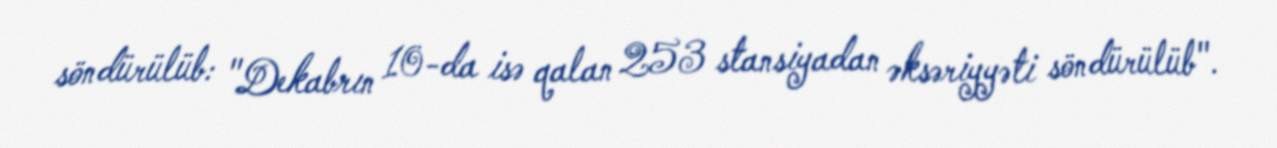
söndürülüb: "Dekabrın 10-da isə qalan 253 stansiyadan əksəriyyəti söndürülüb".